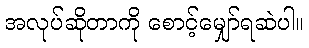
အလုပ်ဆိုတာကို စောင့်မျှော်ရဆဲပါ။